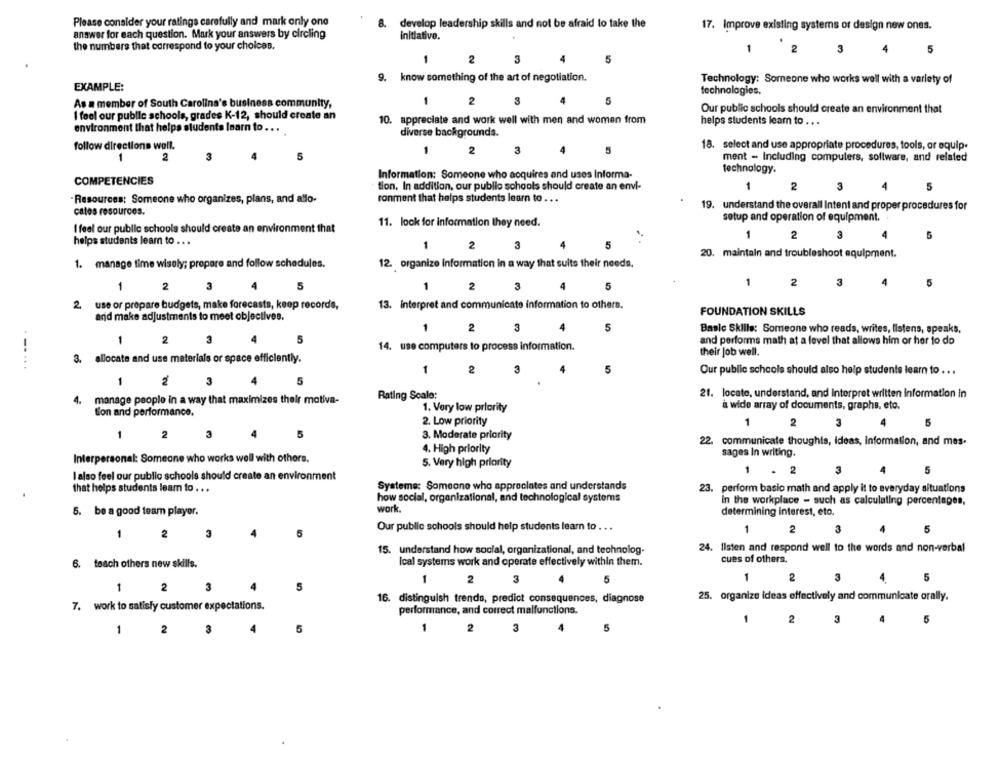
Please consider your ratings carefully and mark only one
8. develop leadership skills and not be afraid to take the
17. Improve existing systems or design new ones.
answer for each question. Mark your answers by circling
initiative.
the numbers that correspond to your choices.
1
2
3
4
5
1
2
3
5
9. know something of the art of negotiation.
Technology: Someone who works well with a variety of
EXAMPLE:
technologies.
As a member of South Carolina's business community,
1
2
3
5
I feel our public schools, grades K-12, should create an
Our public schools should create an environment that
10. appreciate and work well with men and women from
helps students learn to .. .
environment that helps students learn to . . .
diverse backgrounds.
follow directions well.
1
2
3
4
5
18. select and use appropriate procedures, tools, or equip.
1
2
3
5
ment - Including computers, software, and related
Information: Someone who acquires and uses Informa-
technology.
COMPETENCIES
tion, In addition, our public schools should create an envi-
2
3
5
.Resources: Someone who organizes, plans, and allo-
ronment that helps students learn to ...
cates resources.
19. understand the overall Intent and proper procedures for
setup and operation of equipment.
I feel our public schools should create an environment that
11. lock for information they need.
1
2
3
5
helps students learn to . . .
5
1
2
3
4
20. maintain and troubleshoot equipment.
1. manage time wisely; prepare and follow schedules.
12. organize information in a way that suits their needs.
2
3
4
5
1
2
3
5
1
2
3
4
5
1
2. use or prepare budgets, make forecasts, keep records,
13. interpret and communicate information to others.
FOUNDATION SKILLS
and make adjustments to meet objectives.
2
4
5
Basic Skills: Someone who reads, writes, listens, speaks,
1
2
3
5
and performs math at a level that allows him or her to do
14. use computers to process information.
their job well.
-....
3. allocate and use materials or space efficiently.
1
2
3
5
Our public schools should also help students learn to . . .
5
1
2
3
4
Rating Scale:
21. locate, understand, and interpret written information in
4.
manage people in a way that maximizes their motiva-
tion and performance.
1. Vory low priority
a wide array of documents, graphs, eto.
2. Low priority
1
2
3
5
1
2
3
4
5
3. Moderate priority
22. communicate thoughts, Ideas, information, and mes.
4. High priority
sages In writing.
Interpersonal: Someone who works well with others.
5. Very high priority
1
. 2
3
4
5
I also feel our public schools should create an environment
Systems: Someone who appreciates and understands
that helps students leam to . . .
23. perform basic math and apply it to everyday situations
how social, organizational, and technological systems
in the workplace - such as calculaling percentages,
work.
5. be a good team player.
determining interest, eto.
Our public schools should help students learn to . . .
1
2
3
5
2
3
24. Ilsten and respond well to the words and non-verbal
15. understand how social, organizational, and technolog-
6. teach others new skills.
Ical systems work and operate effectively within them.
cues of others.
2
3
1
2
3
5
1
3
2
16. distinguish trends, predict consequences, diagnose
25. organize ideas effectively and communicate orally.
7. work to satisfy customer expectations.
performance, and correct malfunctions.
2
3
5
2
3
2
3
5